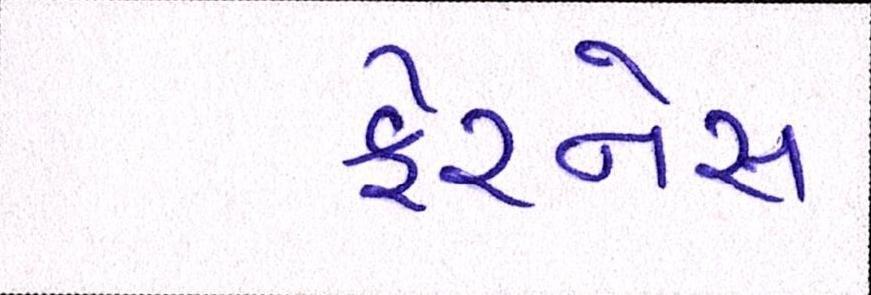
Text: ફેરનેસ